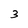
Character: 3